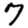
Digit: 7